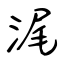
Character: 浘